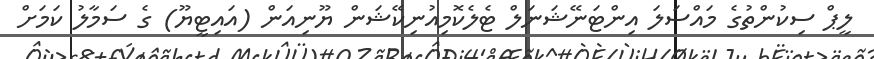
ލީޕް ސިކުންތުގެ މައްސަލަ އިންޓަނޭޝަނަލް ޓެލެކޮމިއުނިކޭޝަން ޔޫނިއަން (އައިޓީޔޫ) ގެ ސަމާލު ކަމަށް